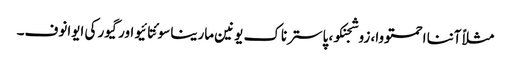
مثلاً آننا احمتووا، زوشجنکو، پاسترناک یونین مارینا سوئتا ئیو اور گیور کی ایوانوف۔